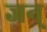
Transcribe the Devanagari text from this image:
जन्‌